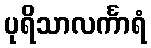
ပုရိသာလင်္ကာရံ